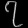
Digit: ၇